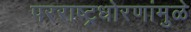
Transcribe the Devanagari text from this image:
परराष्ट्रधोरणांमुळे